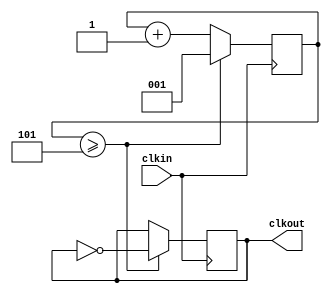
// clk_div10.v

module clk_div10(
                     clkin,     //
                     clkout     //
                    );

input clkin;

output clkout;

reg    clkout;
reg    [2:0] count;


always @ (posedge clkin)
   begin
                   if(count >= 5)
                         begin
                               count <= 1;
                               clkout <= ~clkout;
                         end        
                   else
                         begin
                               count <= count+1;
                         end
   end

endmodule